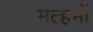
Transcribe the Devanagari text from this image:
मल्हमों